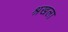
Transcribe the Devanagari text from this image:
श्रखला